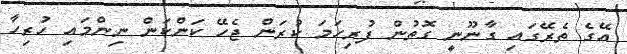
އޭގެ ތެރޭގައި ގާނޫނީ ގޮތުން ފުރިހަމަ ކުރަން ޖެހޭ ކަންކަން ނިންމައި ހުރިހާ